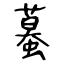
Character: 蟇